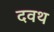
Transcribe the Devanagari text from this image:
दवथ